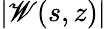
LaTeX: |\mathscr{W}(s,z)|